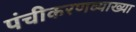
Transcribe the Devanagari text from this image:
पंचीकरणव्याख्या